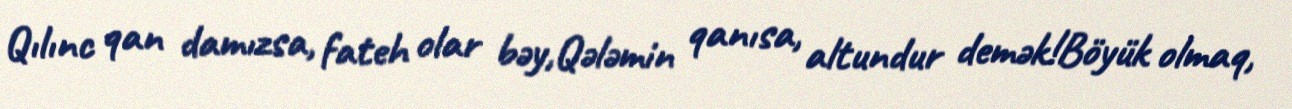
Qılınc qan damızsa, fateh olar bəy,Qələmin qanısa, altundur demək!Böyük olmaq,